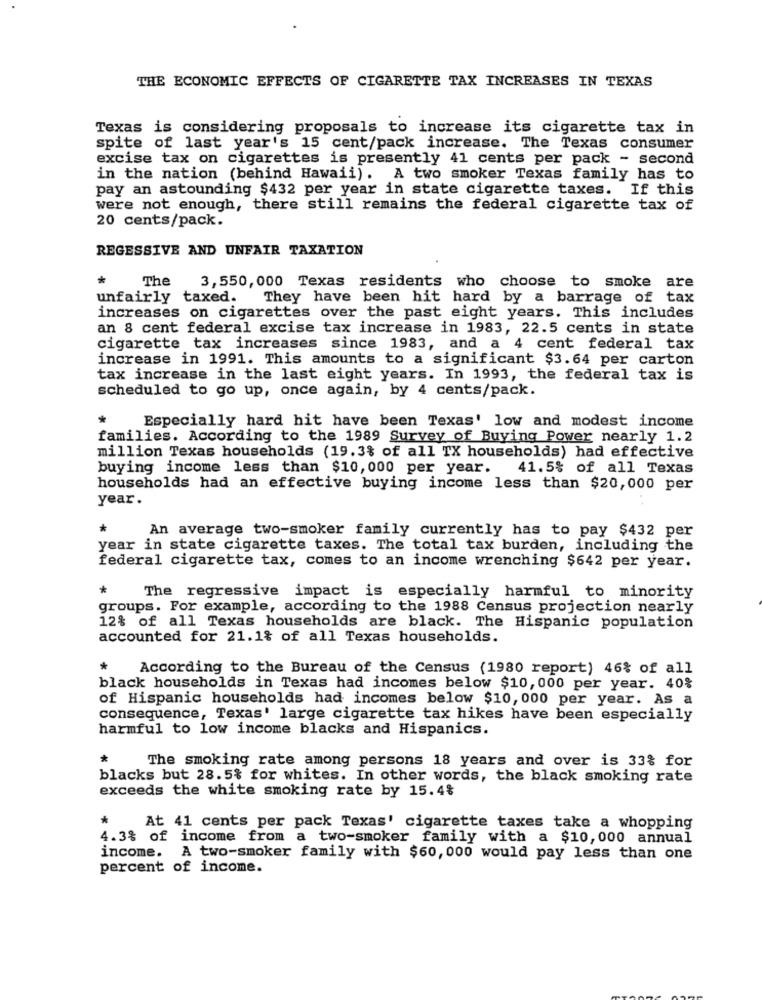
THE ECONOMIC EFFECTS OF CIGARETTE TAX INCREASES IN TEXAS
Texas is considering proposals to increase its cigarette tax in
spite of last year's 15 cent/pack increase. The Texas consumer
excise tax on cigarettes is presently 41 cents per pack - second
in the nation (behind Hawaii). A two smoker Texas family has to
pay an astounding $432 per year in state cigarette taxes. If this
were not enough, there still remains the federal cigarette tax of
20 cents/pack.
REGESSIVE AND UNFAIR TAXATION
The
3, 550, 000 Texas residents who choose to smoke are
unfairly taxed.
They have been hit hard by a barrage of tax
increases on cigarettes over the past eight years. This includes
an 8 cent federal excise tax increase in 1983, 22.5 cents in state
cigarette tax increases since 1983, and a 4 cent federal tax
increase in 1991. This amounts to a significant $3.64 per carton
tax increase in the last eight years. In 1993, the federal tax is
scheduled to go up, once again, by 4 cents/pack.
*
Especially hard hit have been Texas' low and modest income
families. According to the 1989 Survey of Buying Power nearly 1.2
million Texas households (19.3% of all TX households) had effective
buying income less than $10, 000 per year.
41.5% of all Texas
households had an effective buying income less than $20,000 per
year.
*
An average two-smoker family currently has to pay $432 per
year in state cigarette taxes. The total tax burden, including the
federal cigarette tax, comes to an income wrenching $642 per year.
*
The regressive impact is especially harmful to minority
groups. For example, according to the 1988 Census projection nearly
12% of all Texas households are black. The Hispanic population
accounted for 21.1% of all Texas households.
*
According to the Bureau of the Census (1980 report) 46% of all
black households in Texas had incomes below $10, 000 per year. 40%
of Hispanic households had incomes below $10, 000 per year. As a
consequence, Texas' large cigarette tax hikes have been especially
harmful to low income blacks and Hispanics.
*
The smoking rate among persons 18 years and over is 33% for
blacks but 28.5% for whites. In other words, the black smoking rate
exceeds the white smoking rate by 15.4%
*
At 41 cents per pack Texas' cigarette taxes take a whopping
4.3% of income from a two-smoker family with a $10,000 annual
income. A two-smoker family with $60, 000 would pay less than one
percent of income.